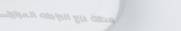
محلات بيع الدراجات الهوائ